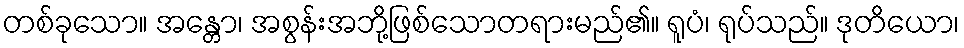
တစ်ခုသော။ အန္တော၊ အစွန်းအဘို့ဖြစ်သောတရားမည်၏။ ရူပံ၊ ရုပ်သည်။ ဒုတိယော၊